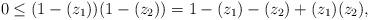
LaTeX: \begin{align*}&0 \leq (1-(z_1))(1-(z_2)) = 1 - (z_1) - (z_2) + (z_1)(z_2), \end{align*}